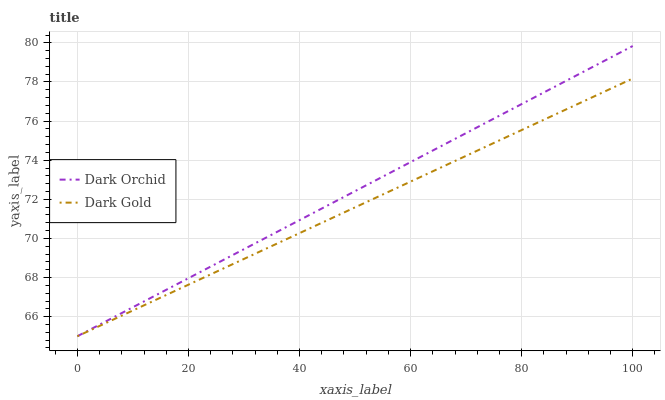
| xaxis_label | Dark Orchid | Dark Gold |
 | --- | --- | --- |
 | 0 | 65 | 65 |
 | 5.26 | 65.8 | 65.7 |
 | 10.5 | 66.6 | 66.4 |
 | 15.8 | 67.3 | 67.1 |
 | 21.1 | 68.1 | 67.8 |
 | 26.3 | 68.9 | 68.5 |
 | 31.6 | 69.7 | 69.2 |
 | 36.8 | 70.5 | 69.9 |
 | 42.1 | 71.2 | 70.5 |
 | 47.4 | 72 | 71.2 |
 | 52.6 | 72.8 | 71.9 |
 | 57.9 | 73.6 | 72.6 |
 | 63.2 | 74.4 | 73.3 |
 | 68.4 | 75.2 | 74 |
 | 73.7 | 75.9 | 74.7 |
 | 78.9 | 76.7 | 75.4 |
 | 84.2 | 77.5 | 76.1 |
 | 89.5 | 78.3 | 76.8 |
 | 94.7 | 79.1 | 77.5 |
 | 100 | 79.8 | 78.2 |